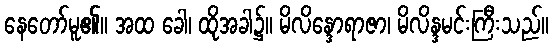
နေတော်မူ၏။ အထ ခေါ၊ ထိုအခါ၌။ မိလိန္ဒောရာဇာ၊ မိလိန္ဒမင်းကြီးသည်။